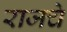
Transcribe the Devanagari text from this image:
राजचे